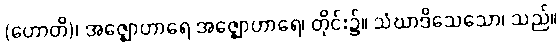
(ဟောတိ)၊ အဇ္ဈောဟာရေ အဇ္ဈောဟာရေ၊ တိုင်း၌။ သံဃာဒိသေသော၊ သည်။